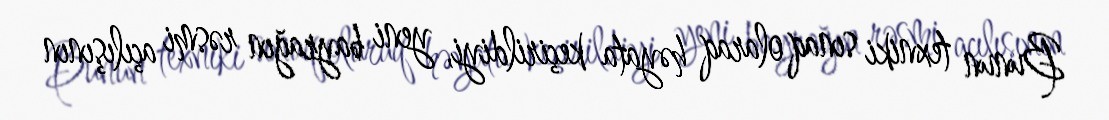
Bunun texniki sınaq olaraq həyata keçirildiyi, yeni bayrağın rəsmi açılışının